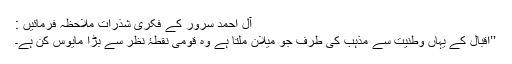
آل احمد سرور کے فکری شذرات ملاحظہ فرمائیں :
’’اقبال کے یہاں وطنیت سے مذہب کی طرف جو میلان ملتا ہے وہ قومی نقطۂ نظر سے بڑا مایوس کن ہے۔